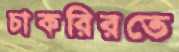
চাকরিরতে